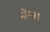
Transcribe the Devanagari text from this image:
नोनस